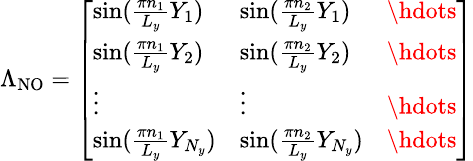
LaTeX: \begin{array}{r}{\small\Lambda_{\mathrm{NO}}=\left[\begin{array}{lll}{\sin(\frac{\pi n_{1}}{L_{y}}Y_{1})}&{\sin(\frac{\pi n_{2}}{L_{y}}Y_{1})}&{\hdots}\\ {\sin(\frac{\pi n_{1}}{L_{y}}Y_{2})}&{\sin(\frac{\pi n_{2}}{L_{y}}Y_{2})}&{\hdots}\\ {\vdots}&{\vdots}&{\hdots}\\ {\sin(\frac{\pi n_{1}}{L_{y}}Y_{N_{y}})}&{\sin(\frac{\pi n_{2}}{L_{y}}Y_{N_{y}})}&{\hdots}\end{array}\right]}\end{array}